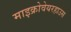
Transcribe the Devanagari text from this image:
माइक्रोवेयरहाउस